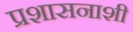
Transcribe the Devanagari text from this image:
प्रशासनाशी